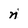
Character: n